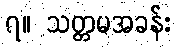
၇။ သတ္တမအခန်း